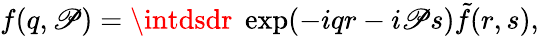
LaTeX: f(q,\mathscr{P})=\intdsdr\; \exp(-iqr-i\mathscr{P}s)\tilde{{f}}(r,s),